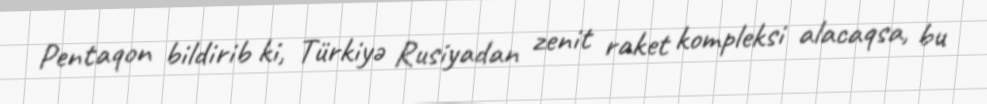
Pentaqon bildirib ki, Türkiyə Rusiyadan zenit raket kompleksi alacaqsa, bu